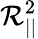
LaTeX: \mathcal{R}_{||}^{2}